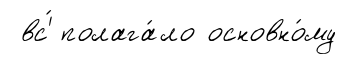
вс'́ полага́ло основно́му